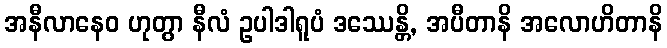
အနီလာနေဝ ဟုတွာ နီလံ ဥပါဒါရူပံ ဒဿေန္တိ, အပီတာနိ အလောဟိတာနိ